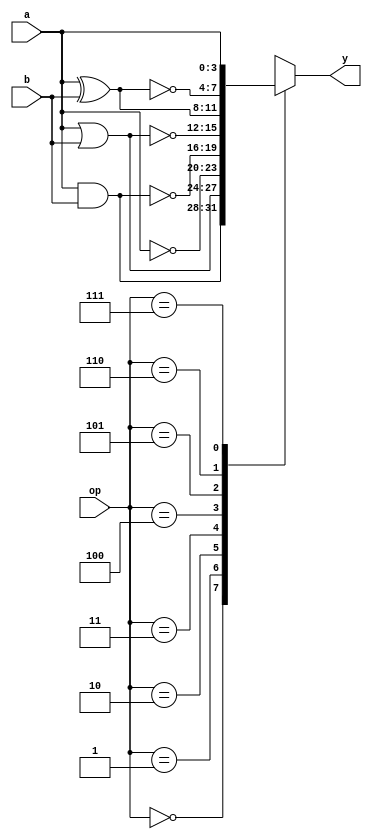
module combinational_logic (
    input wire [3:0] a,        // 4-bit input a
    input wire [3:0] b,        // 4-bit input b
    input wire [2:0] op,       // Operation selector (3 bits for 8 operations)
    output reg [3:0] y         // 4-bit output y
);

    // Operation codes
    localparam AND_OP  = 3'b000;
    localparam OR_OP   = 3'b001;
    localparam NOT_OP  = 3'b010; // NOT operation will be applied to 'a' only
    localparam NAND_OP = 3'b011;
    localparam NOR_OP  = 3'b100;
    localparam XOR_OP  = 3'b101;
    localparam XNOR_OP = 3'b110;
    localparam PASS_OP = 3'b111; // Pass-through operation

    always @(*) begin
        case (op)
            AND_OP:  y = a & b;           // AND operation
            OR_OP:   y = a | b;           // OR operation
            NOT_OP:  y = ~a;              // NOT operation (only on 'a')
            NAND_OP: y = ~(a & b);        // NAND operation
            NOR_OP:  y = ~(a | b);        // NOR operation
            XOR_OP:  y = a ^ b;           // XOR operation
            XNOR_OP: y = ~(a ^ b);        // XNOR operation
            PASS_OP: y = a;               // Pass-through operation
            default: y = 4'b0000;         // Default case
        endcase
    end

endmodule